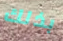
بذلك